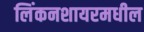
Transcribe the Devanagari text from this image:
लिंकनशायरमधील